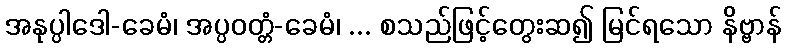
အနုပ္ပါဒေါ-ခေမံ၊ အပ္ပဝတ္တံ-ခေမံ၊ ... စသည်ဖြင့်တွေးဆ၍ မြင်ရသော နိဗ္ဗာန်